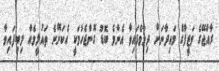
ރާއްޖޭގެ ވަޒީފާގެ މައިދާނަށް ދިމާވެފައިވާ އެންމެ ބޮޑު ގޮންޖެހުމަކީ އެކަށޭނެ ތައުލީމެއް ލިބިފައިވާ